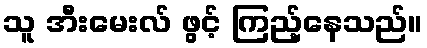
သူ အီးမေးလ် ဖွင့် ကြည့်နေသည်။